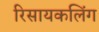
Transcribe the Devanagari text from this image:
रिसायकलिंग